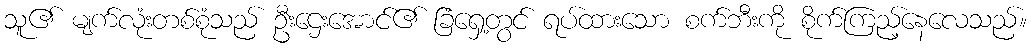
သူ၏ မျက်လုံးတစ်စုံသည် ဦးဌေးအောင်၏ ခြံရှေ့တွင် ရပ်ထားသော စက်ဘီးကို စိုက်ကြည့်နေလေသည်။